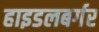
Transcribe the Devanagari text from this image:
हाइडलबर्गर